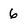
Character: 6